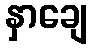
နှာချေ